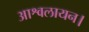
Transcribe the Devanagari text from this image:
आश्वलायन।